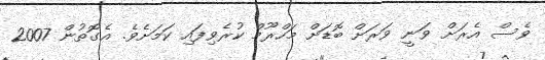
ވެސް އެރަށް ވަނީ ވަރަށް ބޮޑަށް މަހްރޫމް ކުރެވިފައި ކަމަަަށެވެ. އެގޮތުން 2007